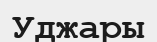
Уджары